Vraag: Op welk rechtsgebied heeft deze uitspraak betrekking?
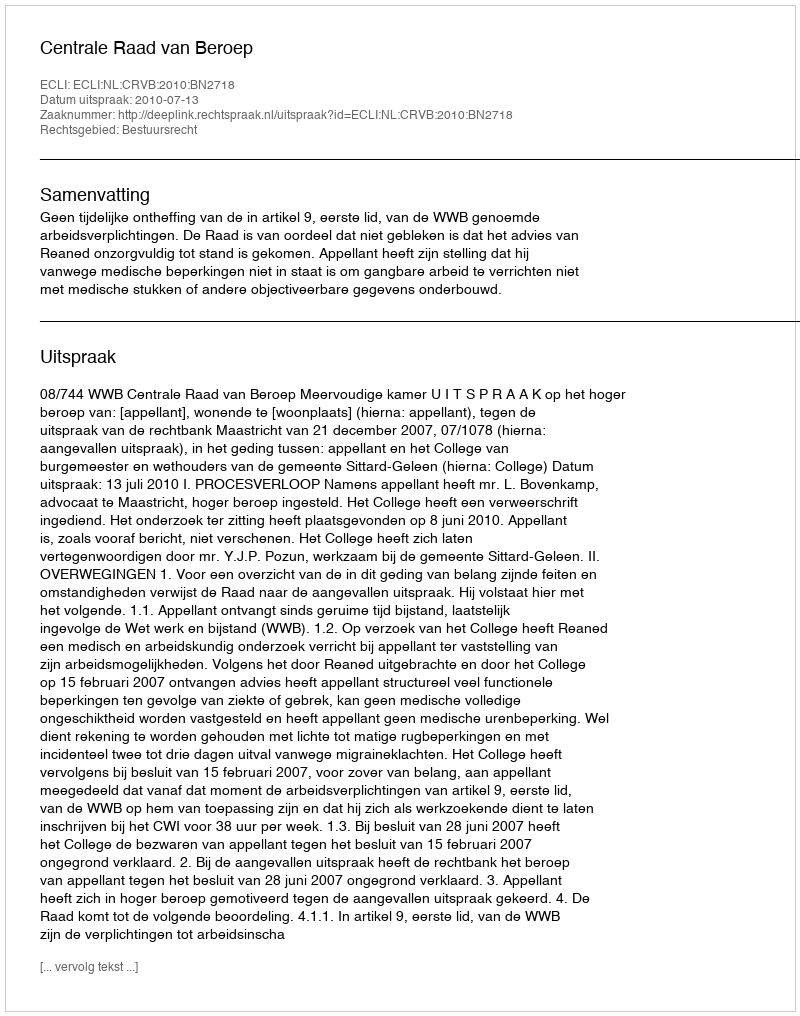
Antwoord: Bestuursrecht